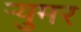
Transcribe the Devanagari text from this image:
र्‍युमर